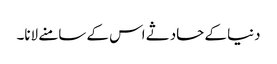
دنیا کے حادثے اس کے سامنے لانا۔